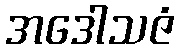
အဒေါသဇံ